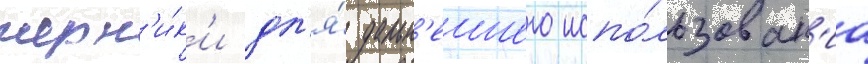
черн'и́к'и дл'я́ дальн'еишего испо́льзован'иа